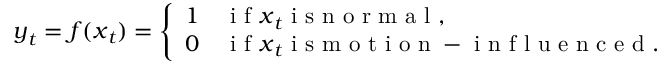
\boldsymbol y _ { t } = \boldsymbol f ( \boldsymbol x _ { t } ) = \left\{ \begin{array} { c l } { 1 } & { \mathrm { ~ i ~ f ~ } \boldsymbol x _ { t } \mathrm { ~ i ~ s ~ n ~ o ~ r ~ m ~ a ~ l ~ , ~ } } \\ { 0 } & { \mathrm { ~ i ~ f ~ } \boldsymbol x _ { t } \mathrm { ~ i ~ s ~ m ~ o ~ t ~ i ~ o ~ n ~ - ~ i ~ n ~ f ~ l ~ u ~ e ~ n ~ c ~ e ~ d ~ . ~ } } \end{array} \right.